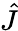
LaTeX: \hat{J}